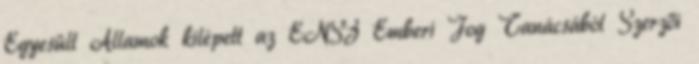
Egyesült Államok kilépett az ENSZ Emberi Jog Tanácsából Szerzői